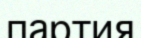
партия